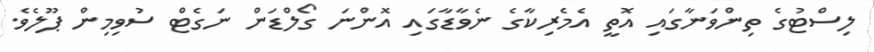
ލިސްޓުގެ ތިންވަނާގައި އޮތީ އެމެރިކާގެ ނެވާޑާގައި އޮންނަ ގޯލްޑަން ނަގެޓް ސުވިމިން ޕޫލެވެ.